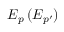
E _ { p } \, ( E _ { p ^ { \prime } } )